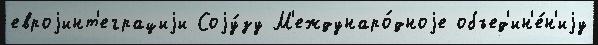
евроjинт'еграциjи Соjу́зу М'еждунаро́дноjе объед'ин'е́н'иjу